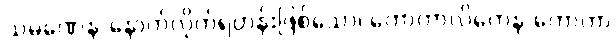
သမဏေန-နောက်လိုက်ရဟန်းဖြစ်သော၊ ကောကာလိကေန-ကောကာ